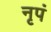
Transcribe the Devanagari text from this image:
नृपं